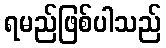
ရမည်ဖြစ်ပါသည်